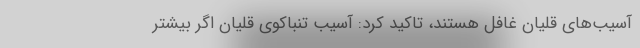
آسیب‌های قلیان غافل هستند، تاکید کرد: آسیب تنباکوی قلیان اگر بیشتر